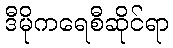
ဒီမိုကရေစီဆိုင်ရာ